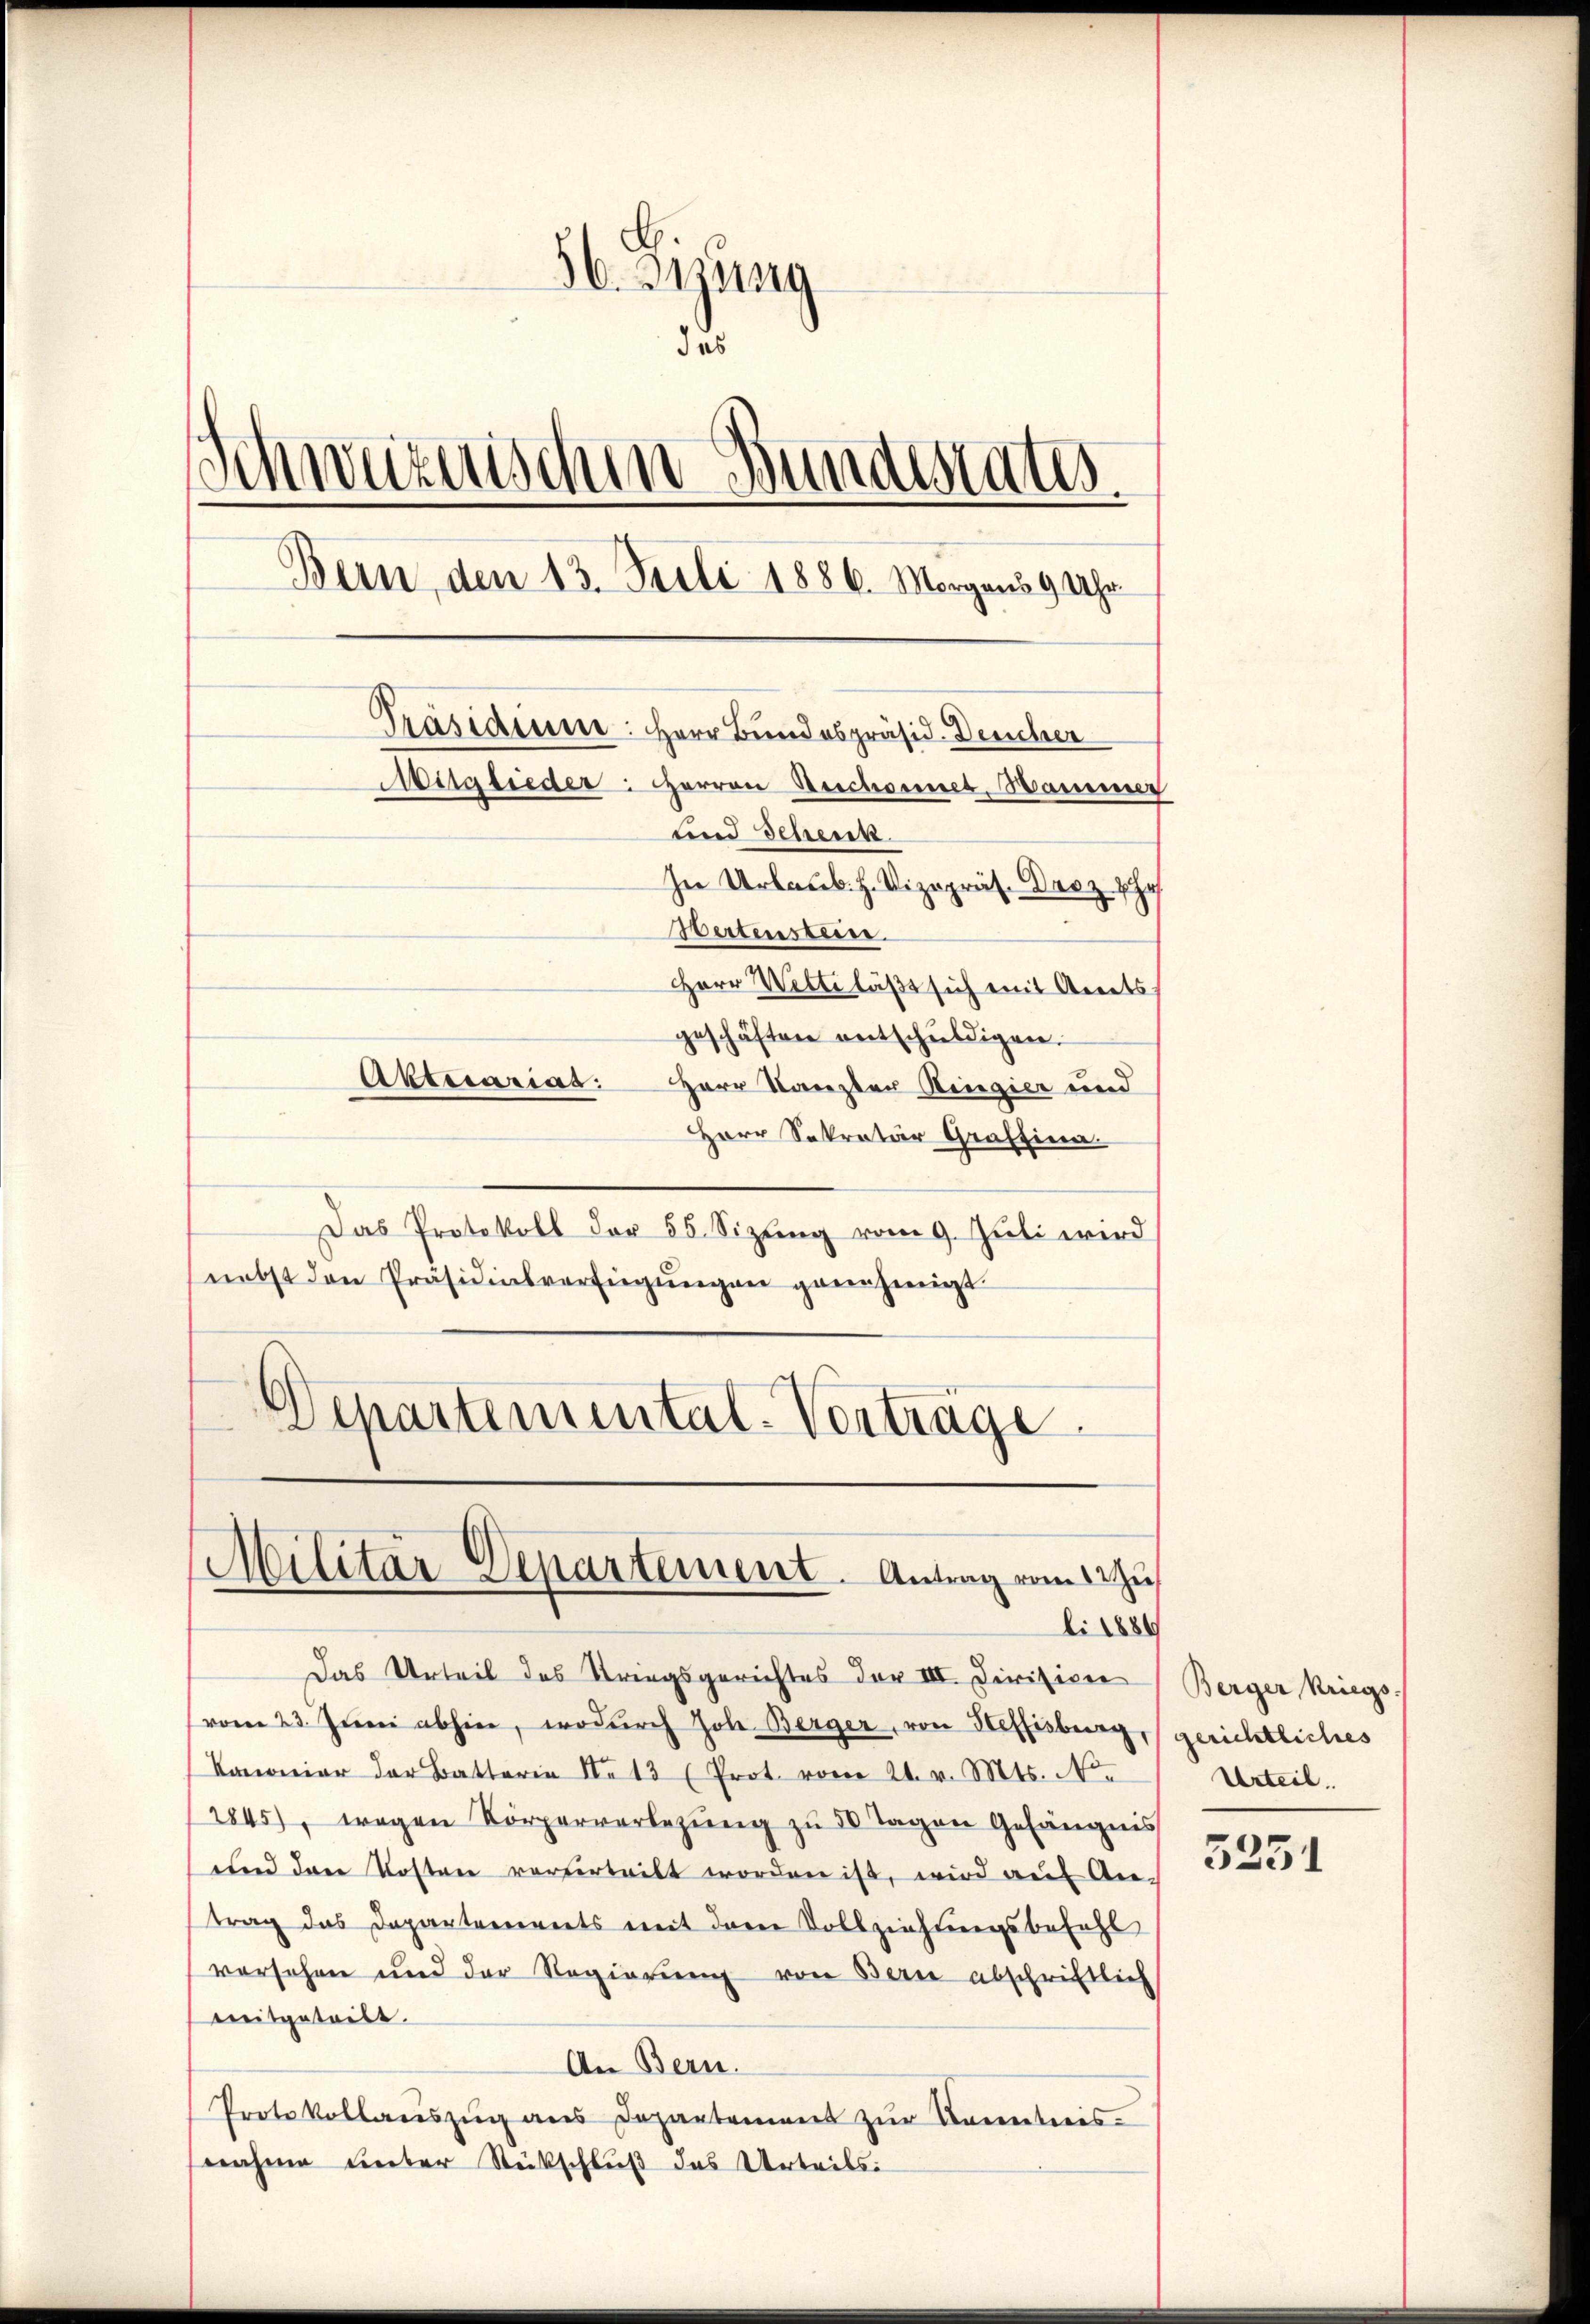
56. Dezung
das
Schweizerischen Bundestate
Bern, den 13. Juli 1886. Morgens 9 Uhr
Präsidium. Herr Bundespräsid. Deucher
Mitglieder: Herren Beschonnes Wammer
lind Schenk
In Urlaub. H. Vizepräs. Droz Ihr
Hertensteine
Herr Welte läßt sich mit Arrets
geschäften entschŭldigen.
Abtecarias: Herr Kanzler Ringier und

Herr Sekretär Graffina
Das Protokoll der 55. Sizŭng vom 9. Jŭli wird
nebst den Präsidialverfügŭngen genehmigt.
Departemental-Verträge.

Militar Departement. Antrag vom 12 Zus
li 1884

Das Urteil des Kriegsgerichtes der III. Dirificer (Berger Kriegs-
vom 23. Juni abhin, wodurch Johe Berger, von Heffisburg,
Kanonier der Batterie No 13 (Prot. vom 21. v. Mts. No.
2845), wegen Körperverlegŭng zŭ 50 Tagen Gefängnis
unnd dere Kosten vorverteilt worden ist, wird auf Antrag das Departements mit dem Vollziehungsbefehl
versehen und der Regierŭng von Bern abschriftlich
mitgeteilt.
An Bern.
Protokollaŭszŭg ans Departement zŭr Kenntnis-
nahme unter Rückschluß das Urteils:

gerichtliches
Urteil.

3251